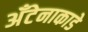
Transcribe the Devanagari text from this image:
अँटेनाकाडे